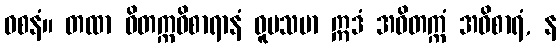
ဝစနံ။ တထာ ဝိတက္ကဝိစာရာနံ ဝူပသမာ ဣဒံ အဝိတက္ကံ အဝိစာရံ, န